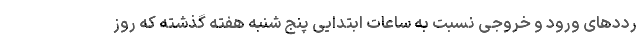
رددهای ورود و خروجی نسبت به ساعات ابتدایی پنج شنبه هفته گذشته که روز